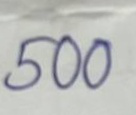
500